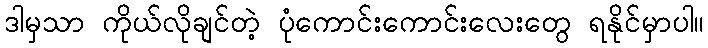
ဒါမှသာ ကိုယ်လိုချင်တဲ့ ပုံကောင်းကောင်းလေးတွေ ရနိုင်မှာပါ။